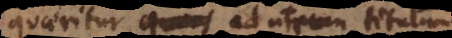
quaeritur ad utrum titulum